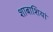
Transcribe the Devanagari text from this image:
शाबाशियां